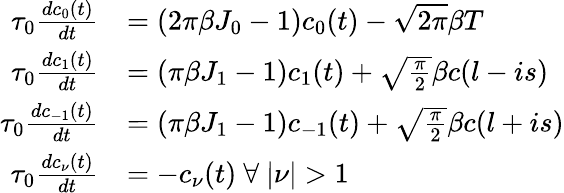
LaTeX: \begin{array}{rl}{\tau_{0}\frac{dc_{0}(t)}{dt}}&{=(2\pi\beta J_{0}-1)c_{0}(t)-\sqrt{2\pi}\beta T}\\ {\tau_{0}\frac{dc_{1}(t)}{dt}}&{=(\pi\beta J_{1}-1)c_{1}(t)+\sqrt{\frac{\pi}{2}}\beta c(l-is)}\\ {\tau_{0}\frac{dc_{\mathrm{-}1}(t)}{dt}}&{=(\pi\beta J_{1}-1)c_{\mathrm{-}1}(t)+\sqrt{\frac{\pi}{2}}\beta c(l+is)}\\ {\tau_{0}\frac{dc_{\nu}(t)}{dt}}&{=-c_{\nu}(t)\ \forall\ \lvert\nu\rvert>1}\end{array}